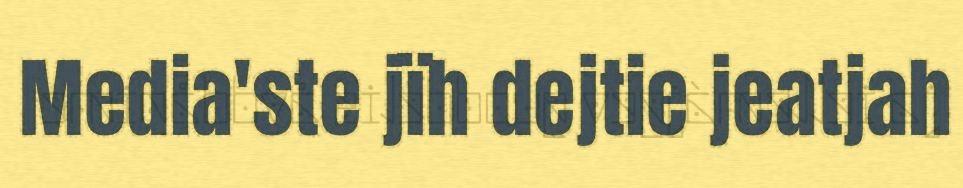
Media'ste jïh dejtie jeatjah